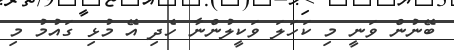
ބޭނުން ވަނީ މި ކަހަލަ ވަކީލުންނާ ހެދި އޭ މުޅި ގައުމު މި